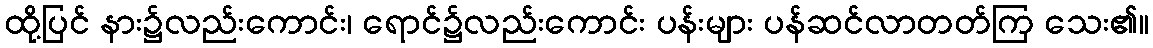
ထို့ပြင် နား၌လည်းကောင်း၊ ရောင်၌လည်းကောင်း ပန်းများ ပန်ဆင်လာတတ်ကြ သေး၏။